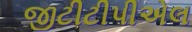
જીટીટીપીએલ